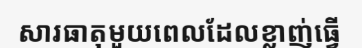
សារធាតុមួយពេលដែលខ្លាញ់ធ្វើ